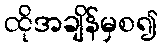
ထိုအချိန်မှစ၍